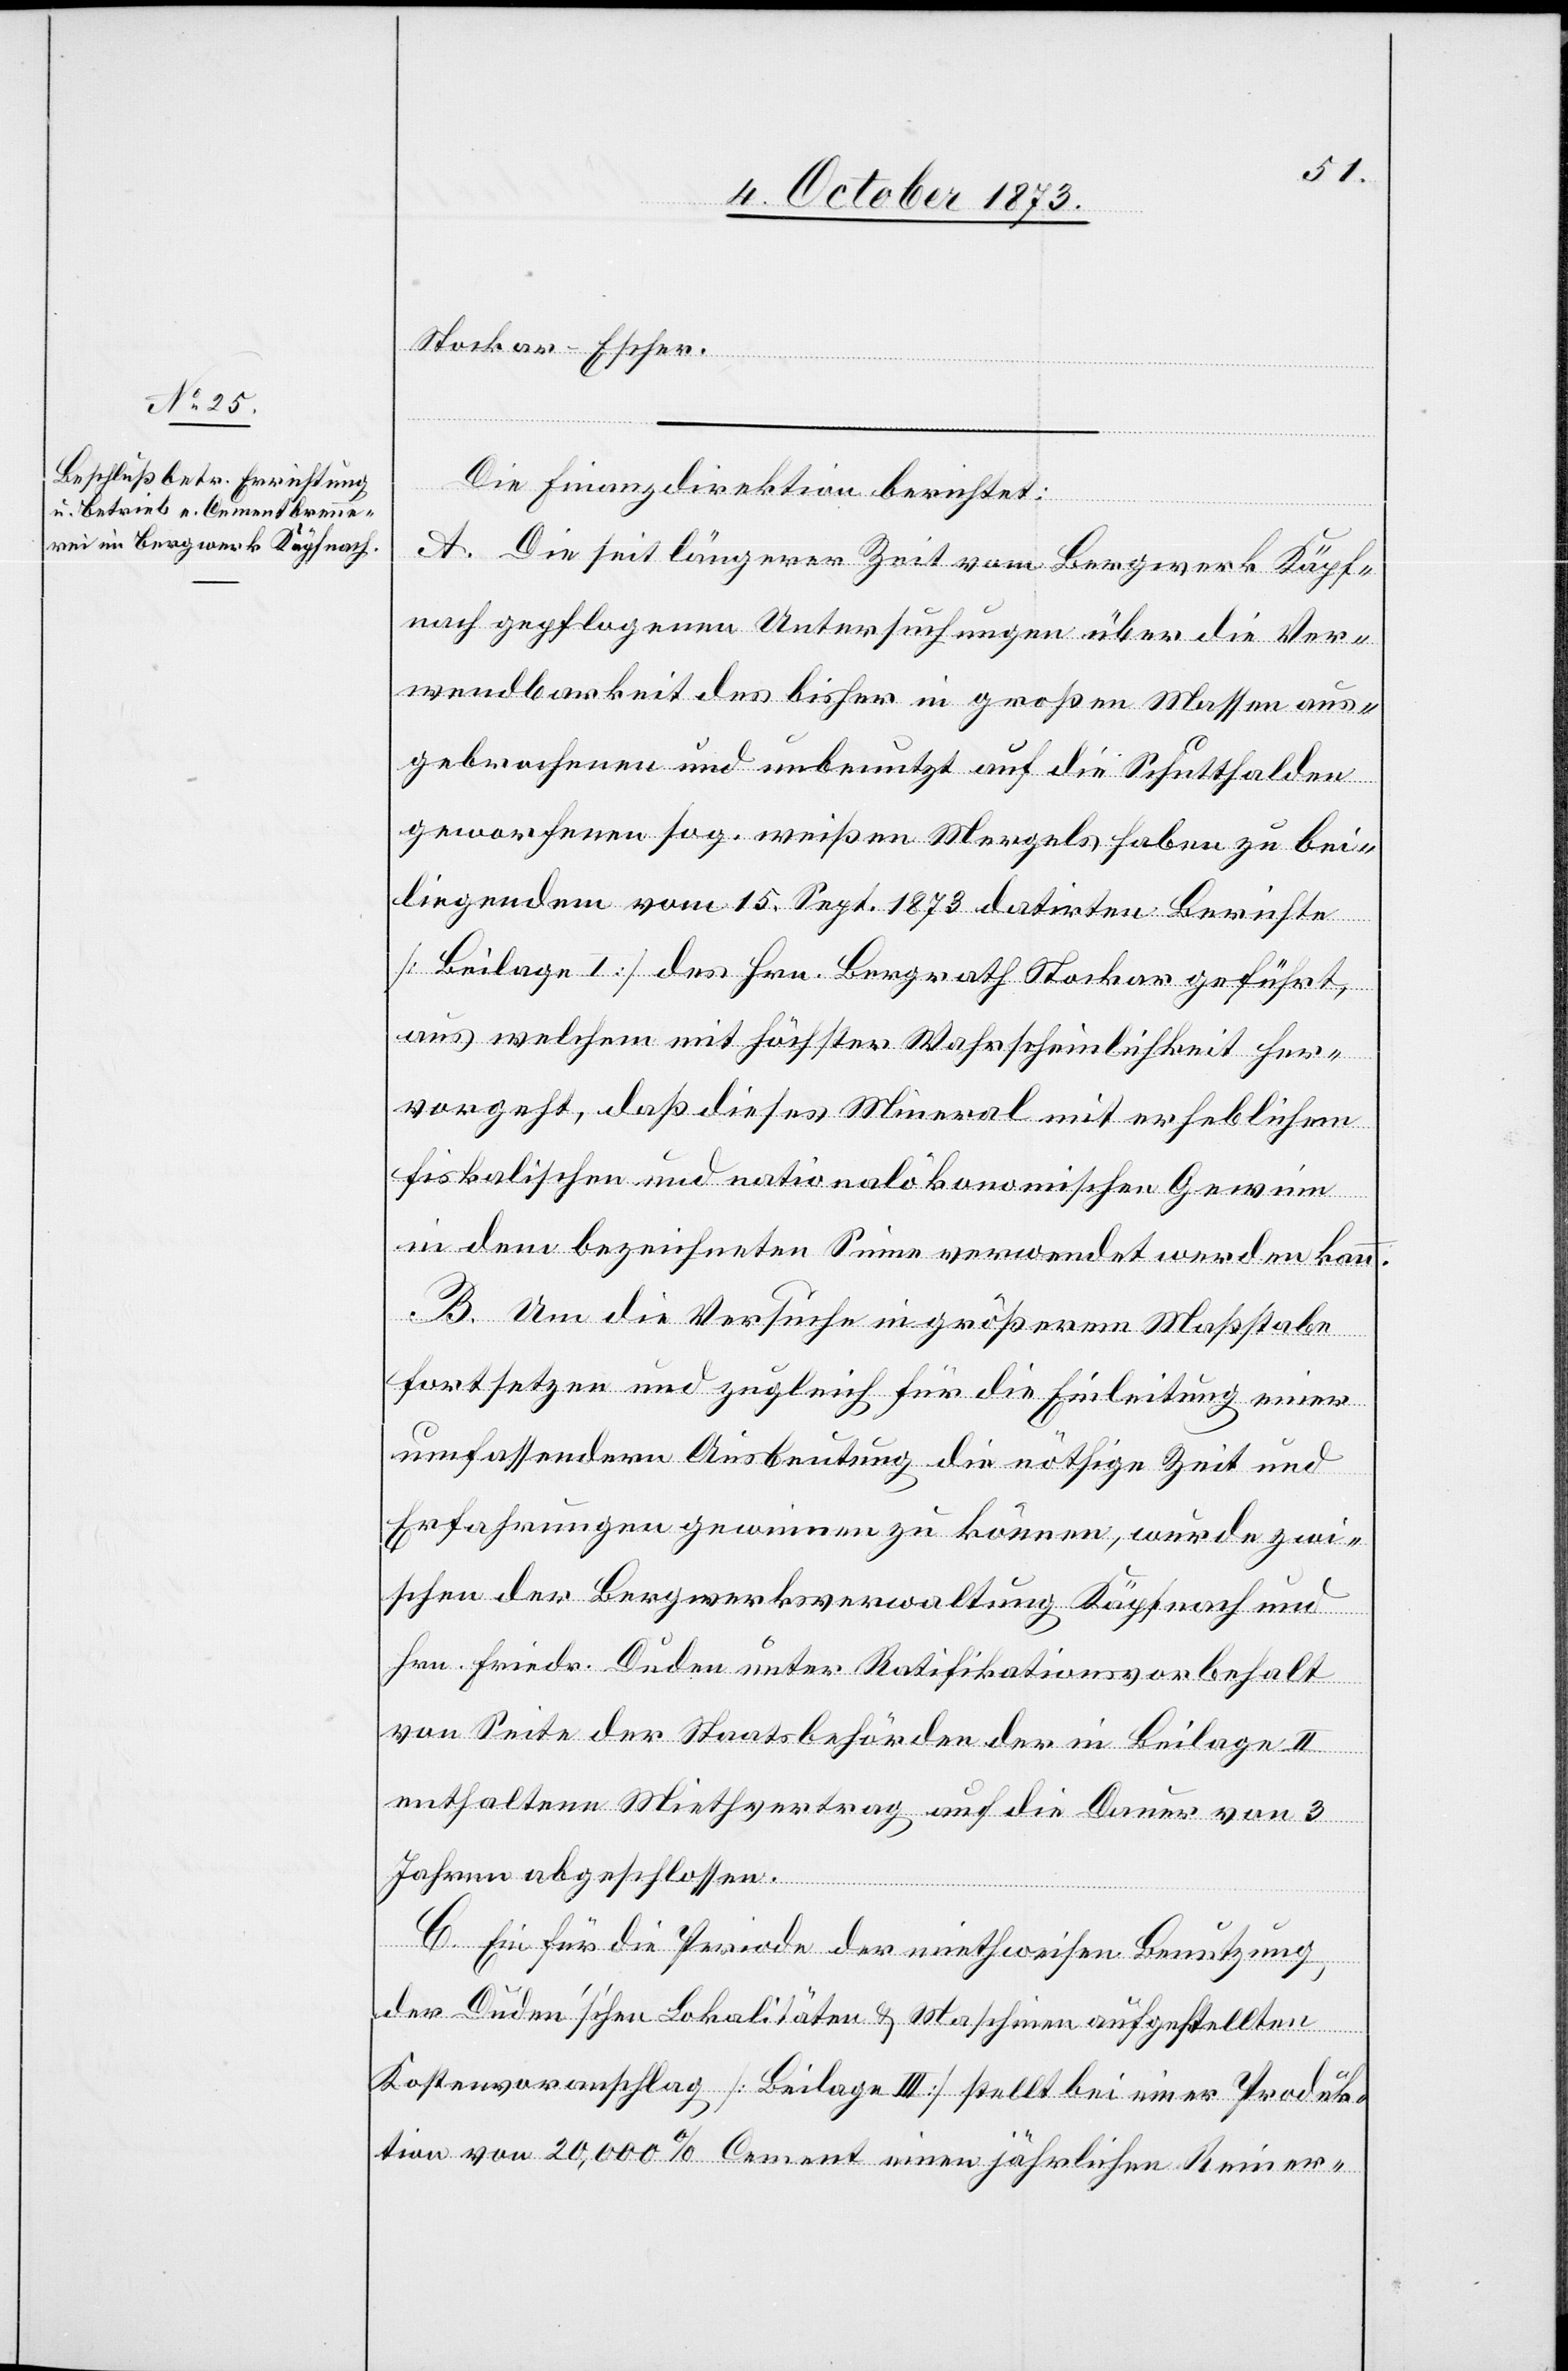
Stockar-Escher.
Die Finanzdirektion berichtet:
A. Die seit längerer Zeit vom Bergwerk Käpf¬
nach gepflogenen Untersuchungen über die Ver¬
wendbarkeit des bisher in großen Massen aus¬
gebrochenen und unbenutzt auf die Schutthalden
geworfenen sog. weißen Mergels haben zu bei¬
liegendem vom 15. Sept. 1873 datirten Berichte
[Beilage I] des Hrn. Bergrath Stockar geführt,
aus welchem mit höchster Wahrscheinlichkeit her¬
vorgeht, daß dieses Mineral mit erheblichem
fiskalischen und nationalökonomischen Gewinn
in dem bezeichneten Sinne verwendet werden kann.
B. Um die Versuche in größerem Maßstabe
fortsetzen und zugleich für die Einleitung einer
umfassendern Ausbeutung die nöthige Zeit und
Erfahrungen gewinnen zu können, wurde zwi¬
schen der Bergwerksverwaltung Käpfnach und
Hrn. Friedr. Duden unter Ratifikationsvorbehalt
von Seite der Staatsbehörden der in Beilage II
enthaltene Miethvertrag auf die Dauer von 3
Jahren abgeschlossen.
C. Ein für die Periode der miethweisen Benutzung,
der Duden’schen Lokalitäten & Maschinen aufgestellten
Kostenvoranschlag [Beilage III] stellt bei einer Produk¬
tion von 20,000% Cement einen jährlichen Reiner-